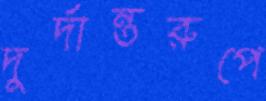
দুর্দান্তরুপে